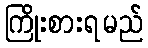
ကြိုးစားရမည်